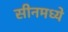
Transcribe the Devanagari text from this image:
सीनमध्ये